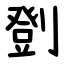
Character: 㔁